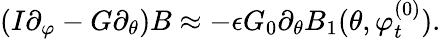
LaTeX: (I\partial_{\varphi}-G\partial_{\theta})B\approx-\epsilon G_{0}\partial_{\theta}B_{1}(\theta,\varphi_{t}^{(0)}).